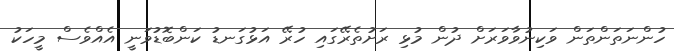
ހުންނަތަންތަން ވަކިނުވާވަރަށް ދުން މުޅި ރަށުތެރޭގައި ހުރޭ އަޅުގަނޑު ކަންބޮޑުވަނީ އެއްވެސް މީހަކު